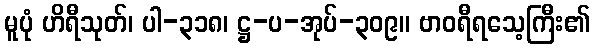
မူပုံ ဟိရီသုတ်၊ ပါ-၃၁၈၊ ဋ္ဌ-ပ-အုပ်-၃၀၉။ ဗာဝရီရသေ့ကြီး၏